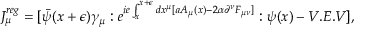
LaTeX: J _ { \mu } ^ { r e g } = [ \bar { \psi } ( x + \epsilon ) \gamma _ { \mu } : e ^ { i e \int _ { x } ^ { x + \epsilon } d x ^ { \mu } [ a A _ { \mu } ( x ) - 2 \alpha \partial ^ { \nu } F _ { \mu \nu } ] } : \psi ( x ) - V . E . V ] ,